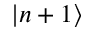
| n + 1 \rangle